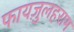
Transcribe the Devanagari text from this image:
फायज़ुलहराम